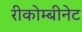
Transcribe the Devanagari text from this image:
रीकोम्बीनेट